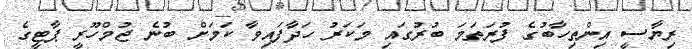
ރިޔާސީ އިންތިހާބުގެ ފުރަތަމަ ބުރުގައި މަކަރު ހަދާފައިވާ ކަމަށް ބުނެ ޖުމްހޫރީ ޕާޓީގެ